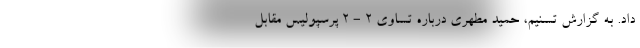
داد. به گزارش تسنیم، حمید مطهری درباره تساوی 2 - 2 پرسپولیس مقابل